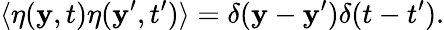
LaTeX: \langle\eta(\mathbf{y},t)\eta(\mathbf{y}^{\prime},t^{\prime})\rangle=\delta(\mathbf{y}-\mathbf{y}^{\prime})\delta(t-t^{\prime}).